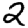
Digit: 2